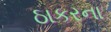
ઠાકરના